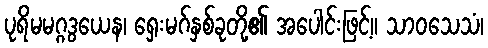
ပုရိမမဂ္ဂဒွယေန၊ ရှေးမဂ်နှစ်ခုတို့၏ အပေါင်းဖြင့်။ သာဝသေသံ၊